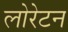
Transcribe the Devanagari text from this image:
लोरेटन